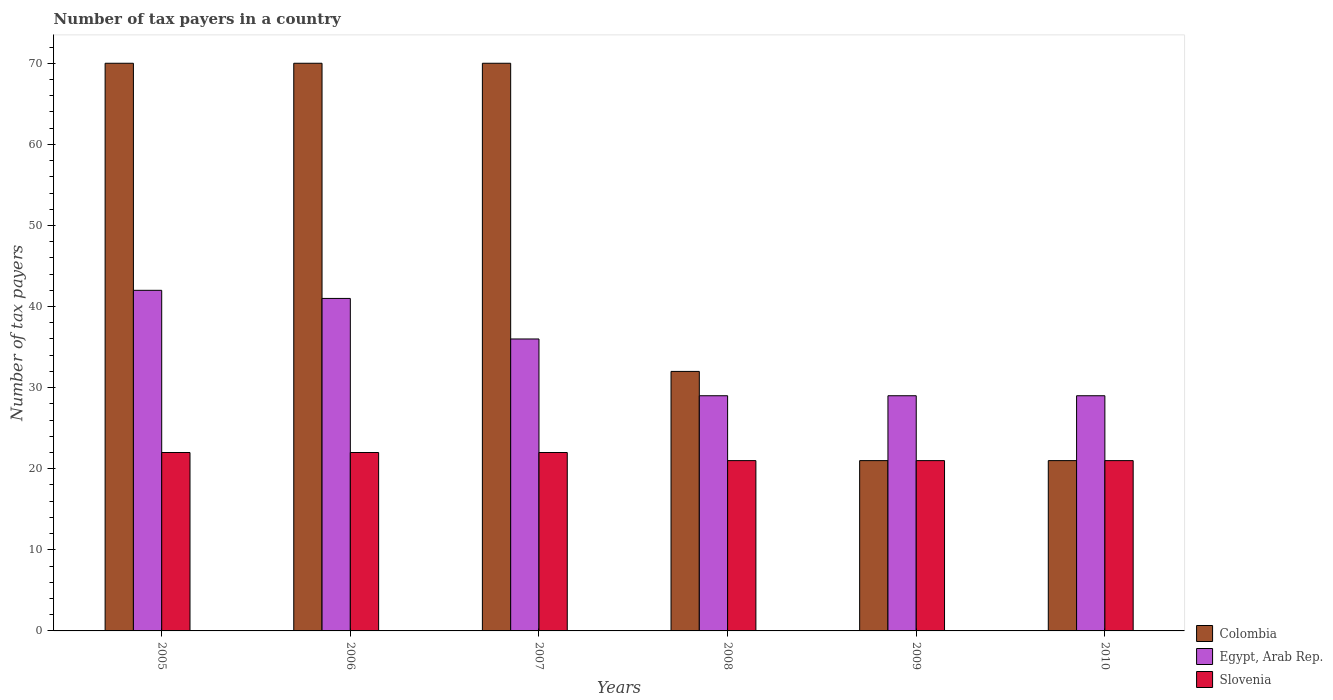
| Years | Colombia | Egypt, Arab Rep. | Slovenia |
 | --- | --- | --- | --- |
 | 2005 | 70 | 42 | 22 |
 | 2006 | 70 | 41 | 22 |
 | 2007 | 70 | 36 | 22 |
 | 2008 | 32 | 29 | 21 |
 | 2009 | 21 | 29 | 21 |
 | 2010 | 21 | 29 | 21 |